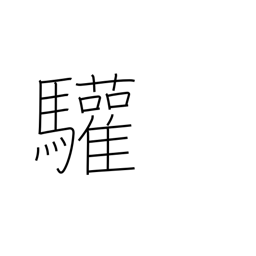
Meaning: greetings